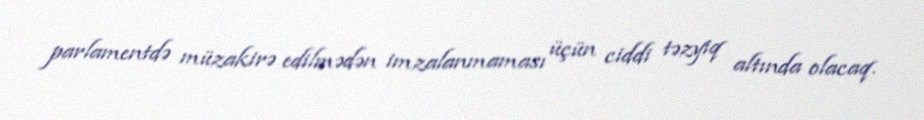
parlamentdə müzakirə edilmədən imzalanmaması üçün ciddi təzyiq altında olacaq.